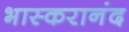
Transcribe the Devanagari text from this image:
भास्‍करानंद